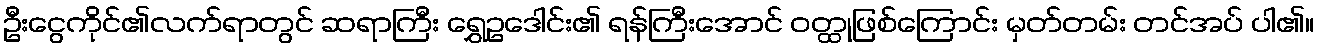
ဦးငွေကိုင်၏လက်ရာတွင် ဆရာကြီး ရွှေဥဒေါင်း၏ ရန်ကြီးအောင် ဝတ္ထုဖြစ်ကြောင်း မှတ်တမ်း တင်အပ် ပါ၏။